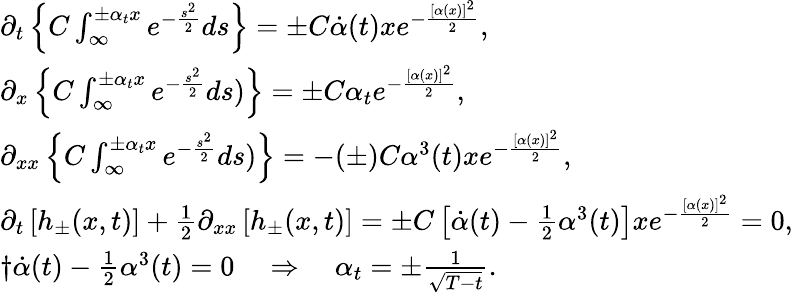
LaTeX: \begin{array}{l}{\partial_{t}\left\{ C\int_{\infty}^{\pm\alpha_{t}x}e^{-\frac{s^{2}}{2}}ds\right\} =\pm C\dot{\alpha}(t)xe^{-\frac{[\alpha(x)]^{2}}{2}},}\\ {\partial_{x}\left\{ C\int_{\infty}^{\pm\alpha_{t}x}e^{-\frac{s^{2}}{2}}ds)\right\} =\pm C\alpha_{t}e^{-\frac{[\alpha(x)]^{2}}{2}},}\\ {\partial_{xx}\left\{ C\int_{\infty}^{\pm\alpha_{t}x}e^{-\frac{s^{2}}{2}}ds)\right\} =-(\pm)C\alpha^{3}(t)xe^{-\frac{[\alpha(x)]^{2}}{2}},}\\ {\partial_{t}\left[h_{\pm}(x,t)\right]+\frac{1}{2}\partial_{xx}\left[h_{\pm}(x,t)\right]=\pm C\left[\dot{\alpha}(t)-\frac{1}{2}\alpha^{3}(t)\right]xe^{-\frac{[\alpha(x)]^{2}}{2}}=0,}\\ {†\dot{\alpha}(t)-\frac{1}{2}\alpha^{3}(t)=0\quad\Rightarrow\quad\alpha_{t}=\pm\frac{1}{\sqrt{T-t}}.}\end{array}